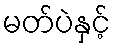
မတ်ပဲနှင့်